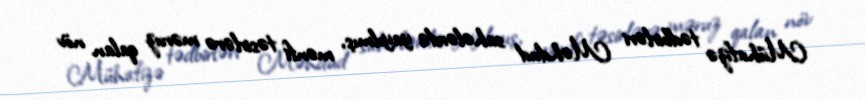
Mühafizə tədbirləri Məhdud sahələrdə yayılmış, mənfi təsirlərə məruz qalan növ